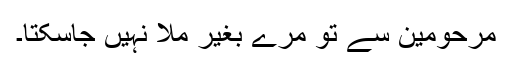
مرحومین سے تو مرے بغیر ملا نہیں جاسکتا۔